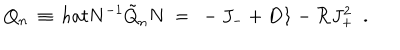
Q _ { n } \ \equiv \, h a t { N } ^ { - 1 } \tilde { Q } _ { n } N \ = \ - J _ { - } + D { \bf 1 } - { \cal R } J _ { + } ^ { 2 } \ \ .